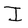
Character: I